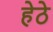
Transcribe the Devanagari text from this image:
हेठे